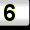
Digit: 6